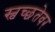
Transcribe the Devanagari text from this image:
स्वच्छतेवर